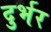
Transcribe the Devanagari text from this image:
दुर्भर